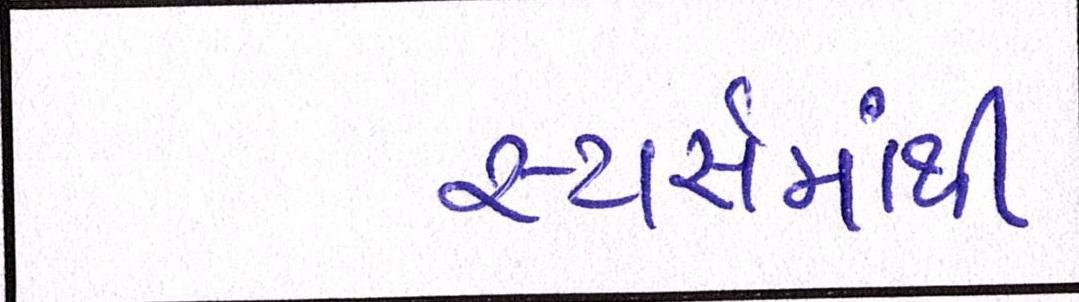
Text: સ્ટાર્સમાંથી